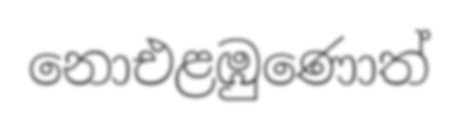
නොඑළඹුණොත්